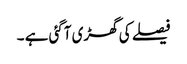
فیصلے کی گھڑی آگئی ہے ۔